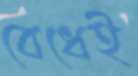
বেধেই